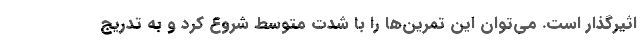
اثیرگذار است. می‌توان این تمرین‌ها را با شدت متوسط شروع کرد و به تدریج